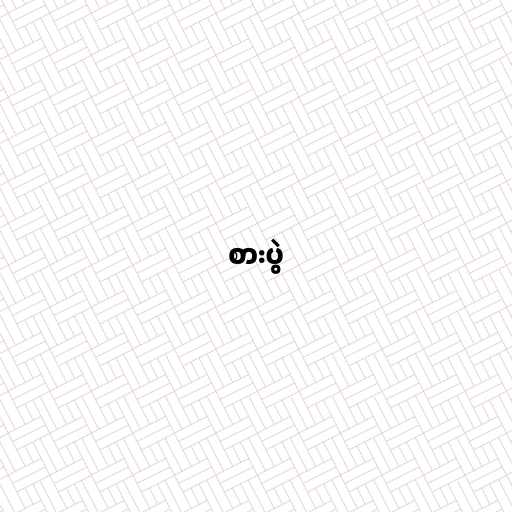
စားပွဲ